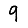
Digit: 9